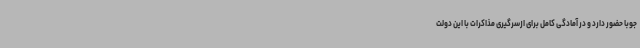
جوبا حضور دارد و در آمادگی کامل برای ازسرگیری مذاکرات با این دولت